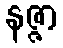
နဇ္ဇာ